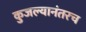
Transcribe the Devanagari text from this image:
कुजल्यानंतरच